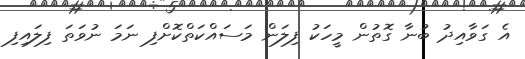
އެ ގަވާއިދު ބުނާ ގޮތުން މީހަކު ފިލަން މަސައްކަތްކޮށްފި ނަމަ ނުވަތަ ފިލައިފި